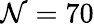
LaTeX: \mathcal{N}=70